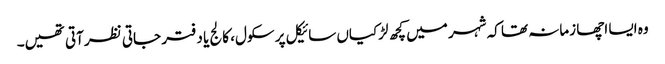
وہ ایسا اچھا زمانہ تھا کہ شہر میں کچھ لڑکیاں سائیکل پر سکول، کالج یا دفتر جاتی نظر آتی تھیں۔